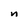
Character: n